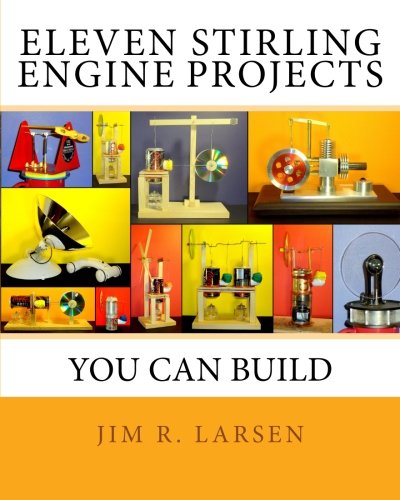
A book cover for Eleven Stirling Engine Projects You Can Build; Jim R. Larsen; Science & Math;